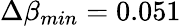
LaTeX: \Delta\beta_{min}=0.051